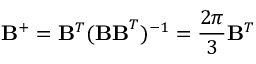
{ \bf B } ^ { + } = { \bf B } ^ { T } ( { \bf B B } ^ { T } ) ^ { - 1 } = \frac { 2 \pi } { 3 } { \bf B } ^ { T }